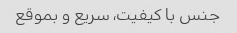
جنس با کیفیت، سریع و بموقع